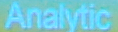
Analytic